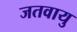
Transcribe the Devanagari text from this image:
जतवायु